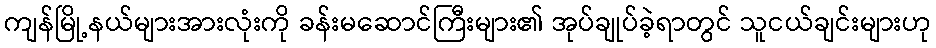
ကျန်မြို့နယ်များအားလုံးကို ခန်းမဆောင်ကြီးများ၏ အုပ်ချုပ်ခဲ့ရာတွင် သူငယ်ချင်းများဟု